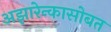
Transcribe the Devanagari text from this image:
अझारेन्कासोबत